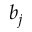
b _ { j }